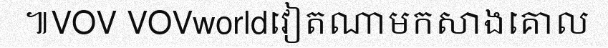
៕VOV VOVworldវៀតណាមកសាងគោល